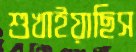
শুখাইয়াছিস